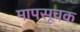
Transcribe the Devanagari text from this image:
मापसूचक